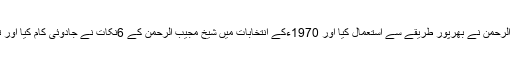
اس معاملے کو شیخ مجیب الرحمن نے بھرپور طریقے سے استعمال کیا اور 1970ءکے انتخابات میں شیخ مجیب الرحمن کے 6نکات نے جادوئی کام کیا اور تاریخی کامیابی حاصل کی۔